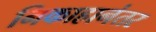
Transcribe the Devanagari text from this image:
निकाहानंतर